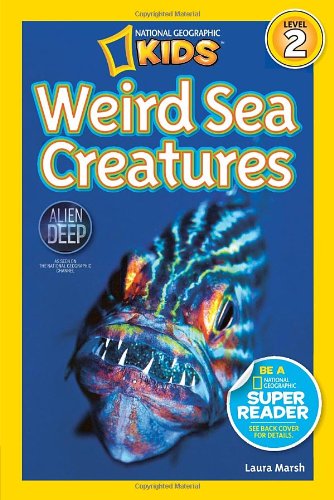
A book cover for National Geographic Readers: Weird Sea Creatures; Laura Marsh; Children's Books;